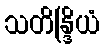
သတိန္ဒြိယံ